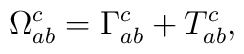
\Omega _{ab}^c=\Gamma _{ab}^c+T_{ab}^c,